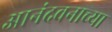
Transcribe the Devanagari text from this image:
आनंदवनाच्या